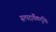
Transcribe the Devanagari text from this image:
सत्पदार्थैकदृष्टिः